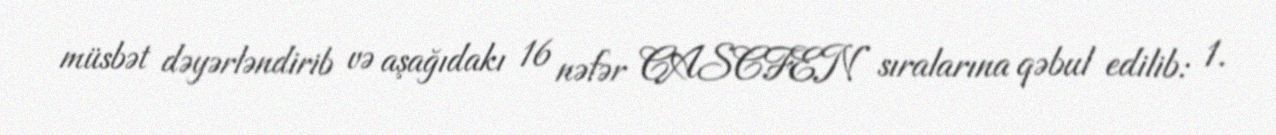
müsbət dəyərləndirib və aşağıdakı 16 nəfər CASCFEN sıralarına qəbul edilib: 1.